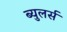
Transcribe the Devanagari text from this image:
ब्युलर्स